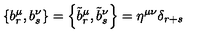
\left\{ b _ { r } ^ { \mu } , b _ { s } ^ { \nu } \right\} = \left\{ \tilde { b } _ { r } ^ { \mu } , \tilde { b } _ { s } ^ { \nu } \right\} = \eta ^ { \mu \nu } \delta _ { r + s }